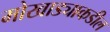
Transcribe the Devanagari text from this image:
मोखाड्याकडील